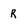
Character: r